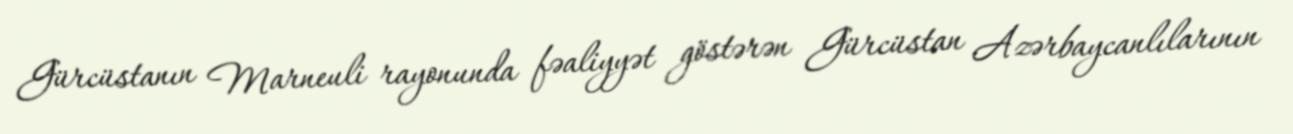
Gürcüstanın Marneuli rayonunda fəaliyyət göstərən Gürcüstan Azərbaycanlılarının